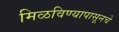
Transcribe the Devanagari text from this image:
मिळविण्यापासूनचे